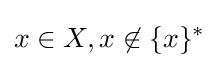
x\in X,x\not \in \{x\}^{*}